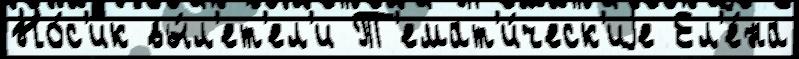
Но́с'ик вы́л'ет'ел'и Т'емат'и́ческ'иjе Ел'е́на